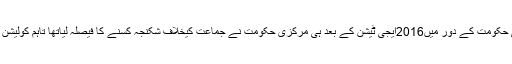
ان حلقوںکا کہنا ہے کہ اصل میں سابق پی ڈی پی بی جے پی حکومت کے دور میں2016ایجی ٹیشن کے بعد ہی مرکزی حکومت نے جماعت کیخلاف شکنجہ کسنے کا فیصلہ لیاتھا تاہم کولیشن مجبوریوں کی وجہ سے اس پر اُس وقت عمل نہیںہوسکا تھا۔